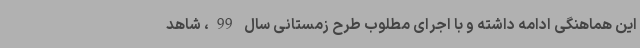
این هماهنگی ادامه داشته و با اجرای مطلوب طرح زمستانی سال 99، شاهد